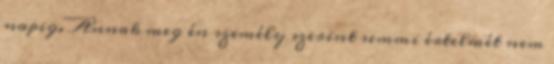
napig. Annak meg én személy szerint semmi értelmét nem